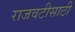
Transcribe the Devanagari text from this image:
राजवटीसाठी